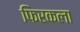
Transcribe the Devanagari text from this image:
फिरकला